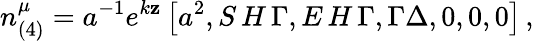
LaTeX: n_{(4)}^{\mu}=a^{-1}e^{k\mathbf{z}}\left[a^{2},S\, H\, {\Gamma},E\, H\, {\Gamma},\Gamma\Delta,0,0,0\right]\, ,